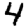
Digit: 4